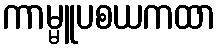
ကာမ္မူပစယကထာ